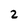
Character: 2